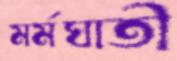
মর্মঘাতী